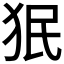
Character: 𬌭